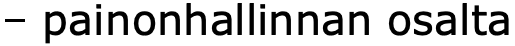
– painonhallinnan osalta